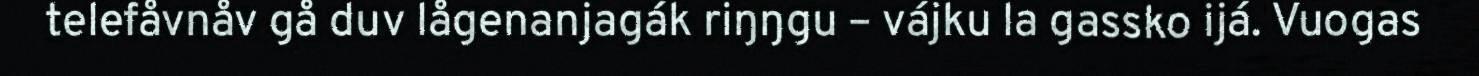
telefåvnåv gå duv lågenanjagák riŋŋgu – vájku la gassko ijá. Vuogas